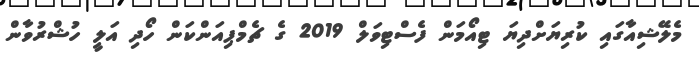
މެލޭޝިއާގައި ކުރިޔަށްދިޔަ ޓިއޯމަން ފެސްޓިވަލް 2019 ގެ ޗެމްޕިއަންކަން ހޯދި އަލީ ހުޝްރުވާން